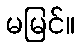
မမြင်။